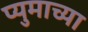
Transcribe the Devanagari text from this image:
प्युमाच्या